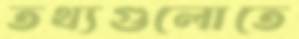
তথ্যগুলোতে